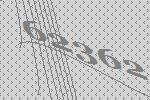
62362